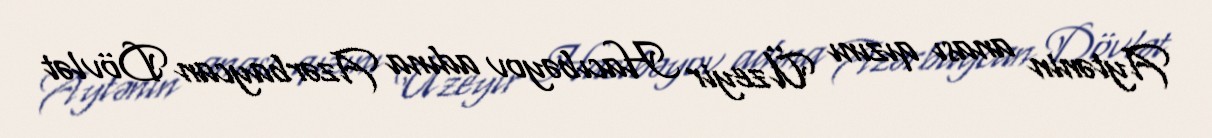
Aytənin anası qızını Üzeyir Hacıbəyov adına Azərbaycan Dövlət